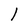
Character: l